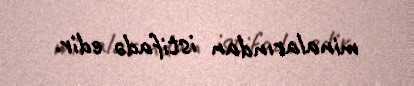
minalarından istifadə edir.